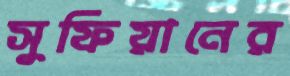
সুফিয়ানের